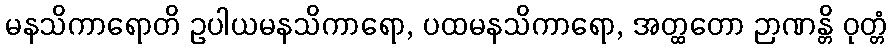
မနသိကာရောတိ ဥပါယမနသိကာရော, ပထမနသိကာရော, အတ္ထတော ဉာဏန္တိ ဝုတ္တံ